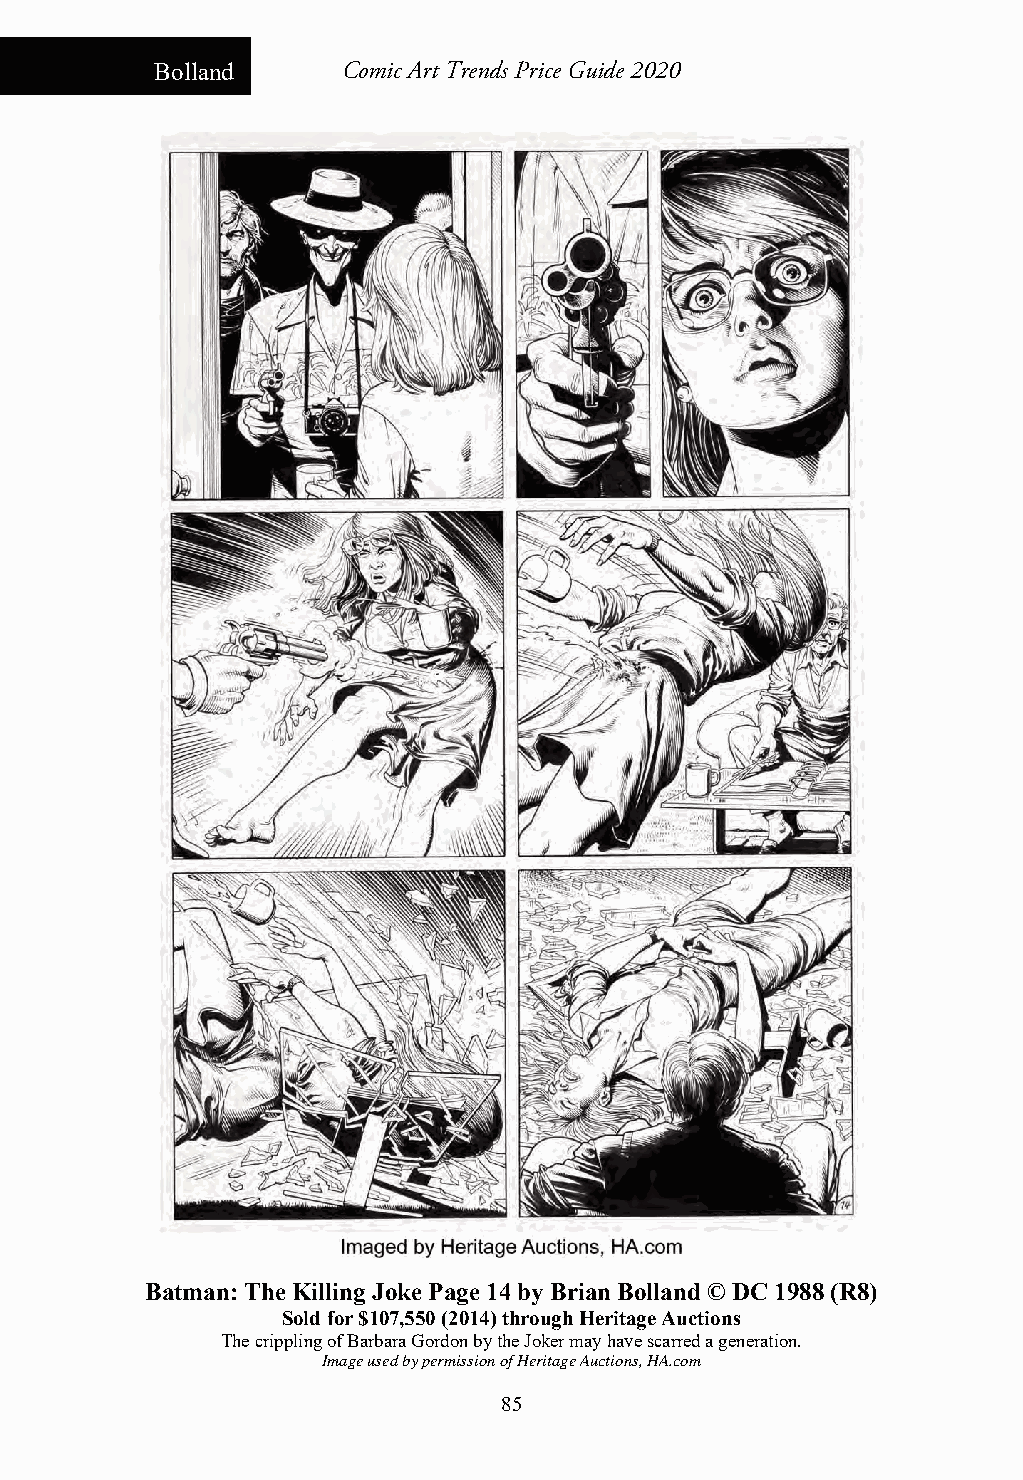
Bolland      Comic Art Trends Price Guide 2020
 Batman: The Killing Joke Page 14 by Brian Bolland © DC 1988 (R8)
 Sold for $107,550 (2014) through Heritage Auctions
 The crippling of Barbara Gordon by the Joker may have scarred a generation.
 Image used by permission of Heritage Auctions, HA.com
 85